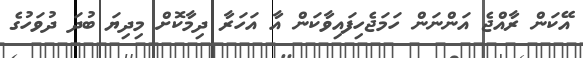
އޭކަން ރާއްޖެ އަންނަން ހަމަޖެހިފައިވާކަން އާ އަހަރާ ދިމާކޮށް މިދިޔަ ބުދަ ދުވަހުގެ